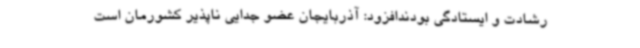
رشادت و ایستادگی بودندافزود: آذربایجان عضو جدایی ناپذیر کشورمان است